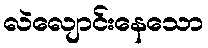
လဲလျောင်းနေသော